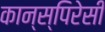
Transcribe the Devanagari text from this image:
कान्स्पिरेसी